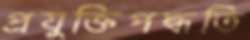
প্রযুক্তিপদ্ধতি